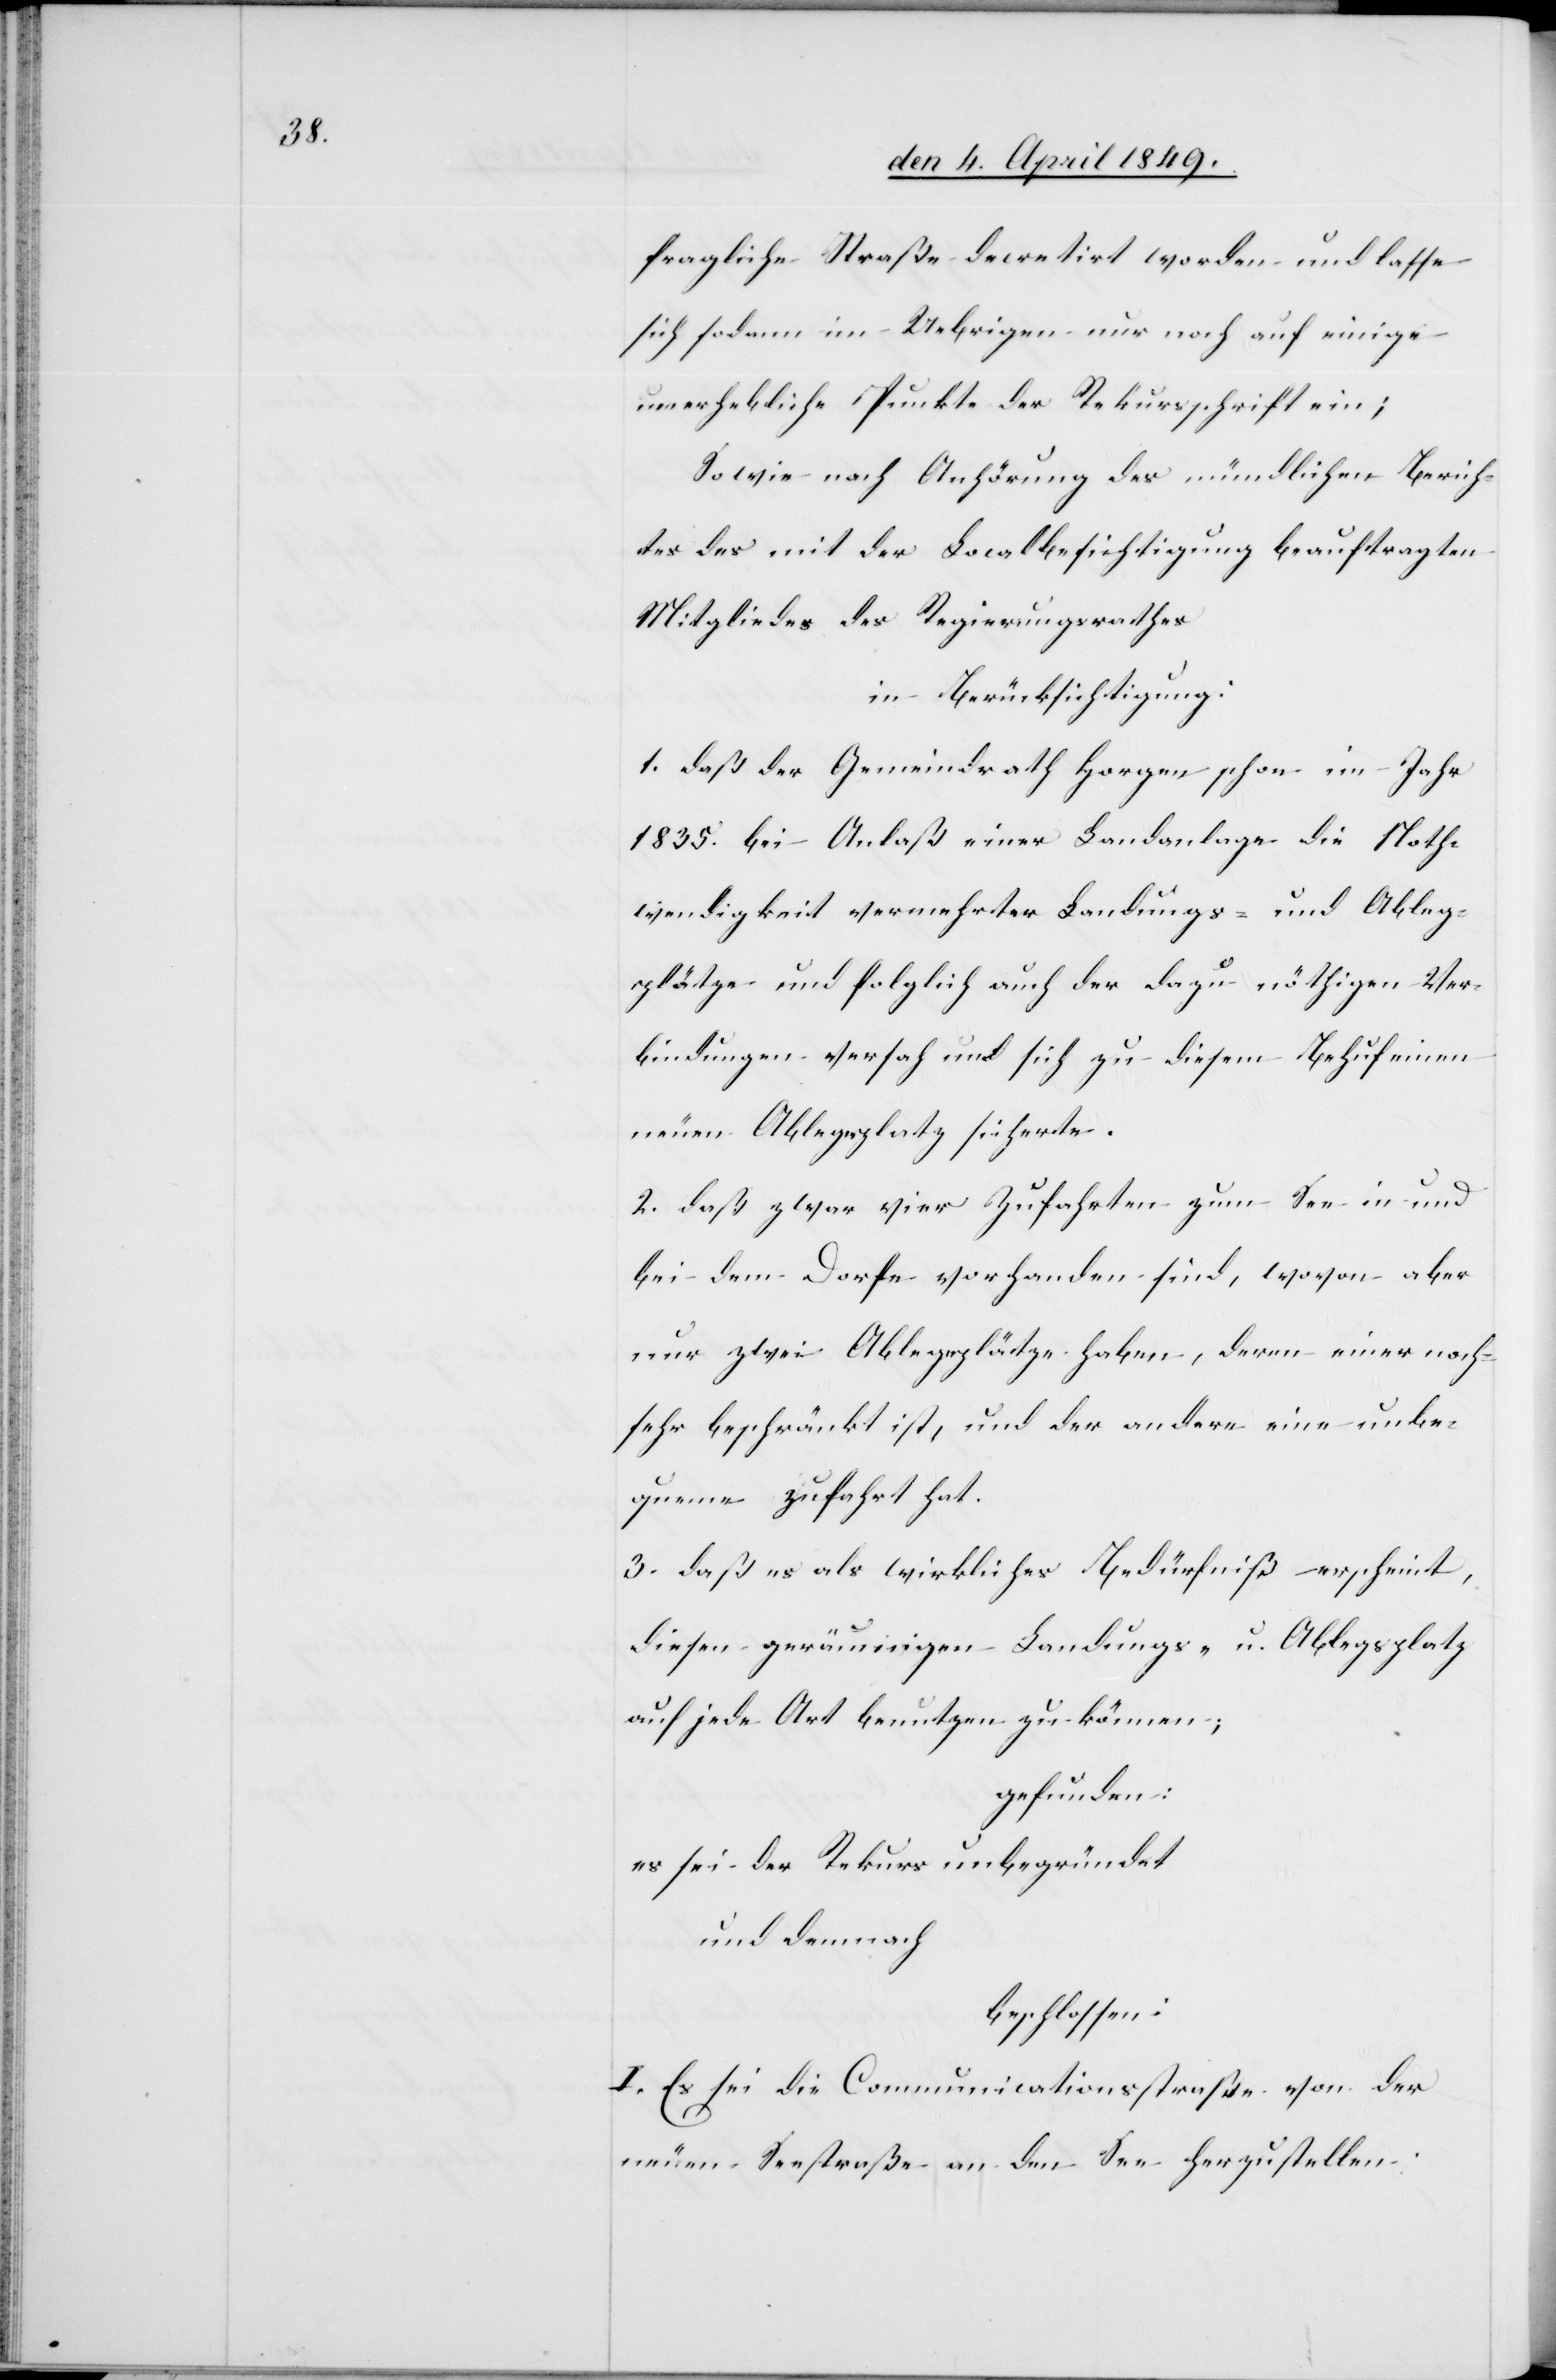
fragliche Straße decretirt worden und lasse
sich sodann im Uebrigen nur noch auf einige
unerhebliche Punkte der Rekursschrift ein;
Sowie nach Anhörung des mündlichen Berich¬
tes des mit der Localbesichtigung beauftragten
Mitgliedes des Regierungsrathes
in Berücksichtigung:
1. daß der Gemeindrath Horgen schon im Jahr
1835. bei Anlaß einer Landanlage die Noth¬
wendigkeit vermehrter Landungs- und Ableg¬
plätze und folglich auch der dazu nöthigen Ver¬
bindungen versah und sich zu diesem Behuf einen
neuen Ablegeplatz sicherte.
2. daß zwar vier Zufahrten zum See in und
bei dem Dorfe vorhanden sind, wovon aber
nur zwei Ablegeplätze haben, deren einer noch
sehr beschränkt ist, und der andere eine unbe¬
queme Zufahrt hat.
3. daß es als wirkliches Bedürfniß erscheint,
diesen geräumigen Landungs- u. Ablegsplatz
auf jede Art benutzen zu können;
gefunden:
es sei der Rekurs unbegründet
und demnach
beschlossen:
I. Es sei die Communicationsstraße von der
neuen Seestraße an den See herzustellen.